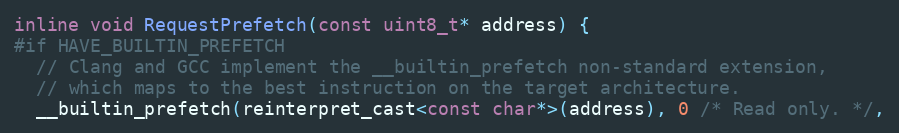
Language: C
inline void RequestPrefetch(const uint8_t* address) {
#if HAVE_BUILTIN_PREFETCH
  // Clang and GCC implement the __builtin_prefetch non-standard extension,
  // which maps to the best instruction on the target architecture.
  __builtin_prefetch(reinterpret_cast<const char*>(address), 0 /* Read only. */,